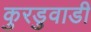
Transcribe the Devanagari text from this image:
कुरडुवाडी